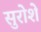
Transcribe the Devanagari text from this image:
सुरोशे